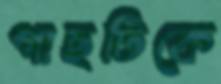
গাছটিকে